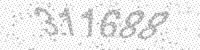
Solution: 311688